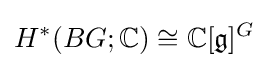
H^{*}(BG;\mathbb {C} )\cong \mathbb {C} [{\mathfrak {g}}]^{G}